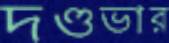
দণ্ডভার